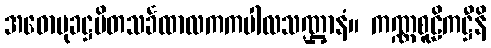
အဓောမုခဋ္ဌပိတသင်္ခထာလကကပါလသဏ္ဌာနံ။ ကဏ္ဏစူဠိကဋ္ဌီနိ